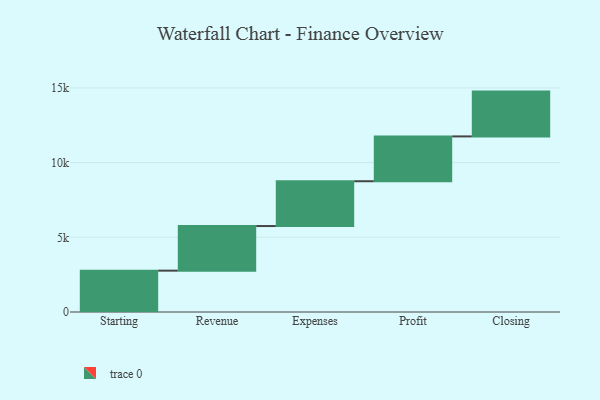
{"axis": {"x": "Step", "y": "Value"}, "legend": [""], "data": [{"x": "Starting", "y": 2768.0, "type": ""}, {"x": "Revenue", "y": 2986.0, "type": ""}, {"x": "Expenses", "y": 3000, "type": ""}, {"x": "Profit", "y": 3000, "type": ""}, {"x": "Closing", "y": 3000, "type": ""}]}